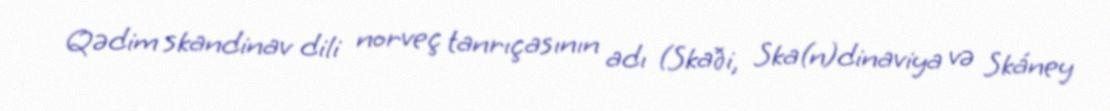
Qədim skandinav dili norveç tanrıçasının adı (Skaði, Ska(n)dinaviya və Skáney